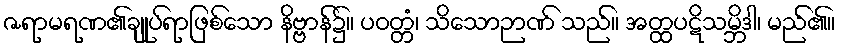
ဇရာမရဏ၏ချုပ်ရာဖြစ်သော နိဗ္ဗာန်၌။ ပဝတ္တံ၊ သိသောဉာဏ် သည်။ အတ္ထပဋိသမ္ဘိဒါ၊ မည်၏။